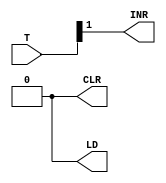
module PC_DESIGN(CLR, INR, LD,T);
	
	
	input [5:0] T;
    output INR,LD,CLR;
	
  assign LD=0;
   assign INR=T[1];
    assign CLR=0;
    
   
	
	

endmodule